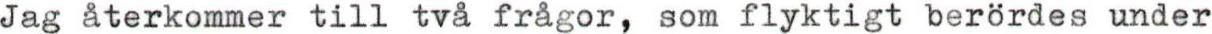
Jag återkommer till två frågor, som flyktigt berördes under